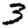
Digit: 3